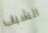
الشباب